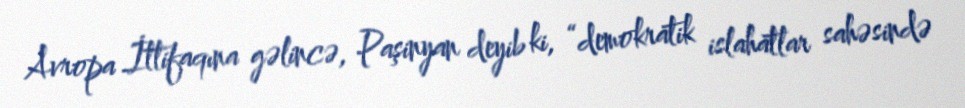
Avropa İttifaqına gəlincə, Paşinyan deyib ki, “demokratik islahatlar sahəsində